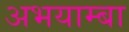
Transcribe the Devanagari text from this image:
अभयाम्बा